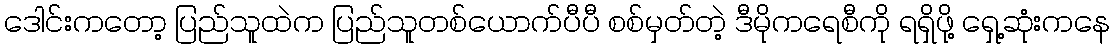
ဒေါင်းကတော့ ပြည်သူထဲက ပြည်သူတစ်ယောက်ပီပီ စစ်မှတ်တဲ့ ဒီမိုကရေစီကို ရရှိဖို့ ရှေ့ဆုံးကနေ